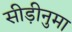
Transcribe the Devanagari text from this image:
सीड़ीनुमा